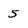
Character: 5